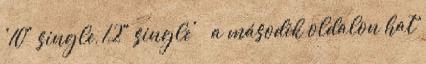
'10" single, 12" single' » a második oldalon hat